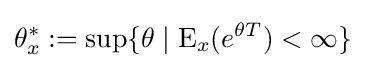
\theta _{x}^{*}:=\sup\{\theta \mid \operatorname {E} _{x}(e^{\theta T})<\infty \}